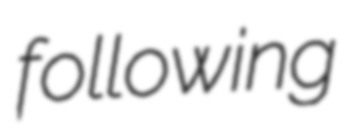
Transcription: following